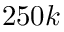
2 5 0 k